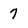
Character: 7